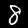
Digit: 8